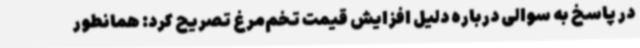
در پاسخ به سوالی درباره دلیل افزایش قیمت تخم‌مرغ تصریح کرد: همانطور